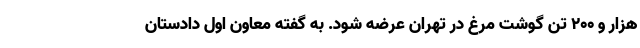
هزار و ۲۰۰ تن گوشت مرغ در تهران عرضه شود. به گفته معاون اول دادستان